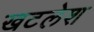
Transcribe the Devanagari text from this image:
खटलेश